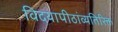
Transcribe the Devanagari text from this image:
विदयापीठांव्यतिरिक्त